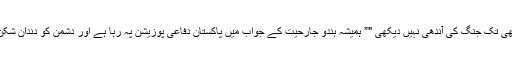
ہندوستان نے ابھی تک جنگ کی آندھی نہیں دیکھی "” ہمیشہ ہندو جارحیت کے جواب میں پاکستان دفاعی پوزیشن پہ رہا ہے اور دشمن کو دندان شکن جواب دیا ہے۔